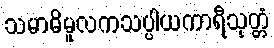
သမာဓိမူလကသပ္ပါယကာရီသုတ္တံ